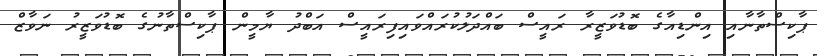
ޕާކިސްތާނާއި އިންޑިއާގެ ބޮޑުވަޒީރާ ރައީސް ބައްދަލުކުރައްވައިފިރައީސް އަބްދު ޔާމީން ޕާކިސްތާނުގެ ބޮޑުވަޒީރު ނަވާޒް